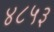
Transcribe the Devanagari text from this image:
४८५३